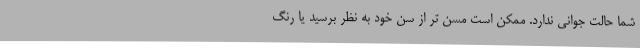
شما حالت جوانی ندارد. ممکن است مسن تر از سن خود به نظر برسید یا رنگ